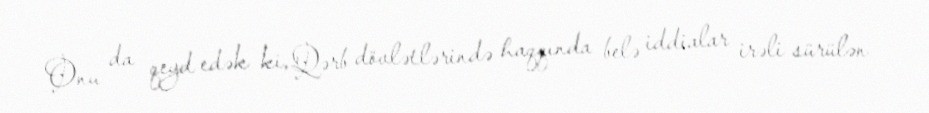
Onu da qeyd edək ki, Qərb dövlətlərində haqqında belə iddialar irəli sürülən